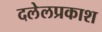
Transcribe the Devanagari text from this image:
दलेलप्रकाश